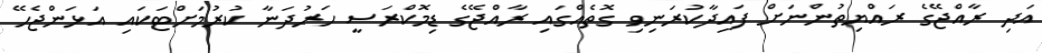
އަދި ރާއްޖޭގެ ރައްޔިތުންނަށް ފައިދާކުރަނިވި ގޮތެއްގައި ރާއްޖޭގެ ޑިމޮކްރަސީ ހަރުދަނާ ކުރުމަށްޓަކައި އަޅަންޖެހޭ